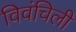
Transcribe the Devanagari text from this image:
विवंचिली